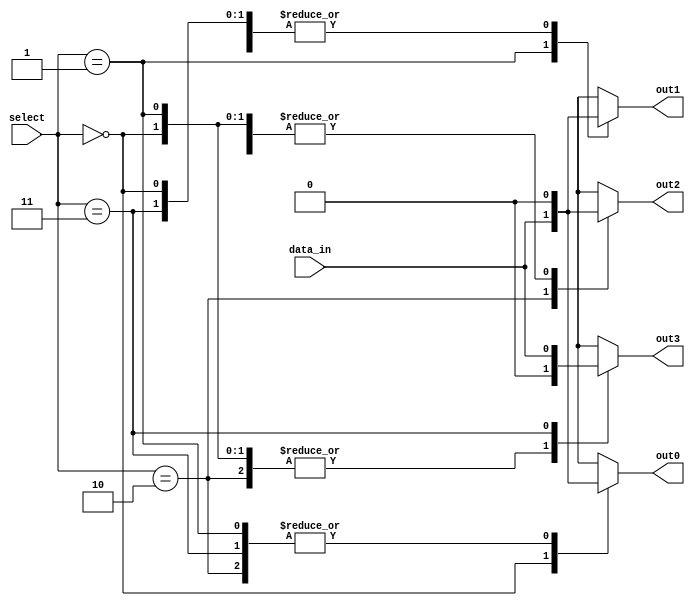
module demux_2to4 (
    input [1:0] select,
    input data_in,
    output reg out0,
    output reg out1,
    output reg out2,
    output reg out3
);

always @(*)
begin
    out0 = 1'b0;
    out1 = 1'b0;
    out2 = 1'b0;
    out3 = 1'b0;

    case (select)
        2'b00: out0 = data_in;
        2'b01: out1 = data_in;
        2'b10: out2 = data_in;
        2'b11: out3 = data_in;
    endcase
end

endmodule